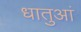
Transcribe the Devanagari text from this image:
धातुआं